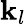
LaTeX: \mathbf{k}_{l}